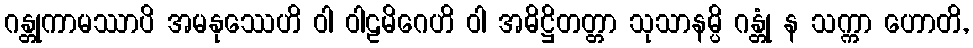
ဂန္တုကာမဿာပိ အမနုဿေဟိ ဝါ ဝါဠမိဂေဟိ ဝါ အဓိဋ္ဌိတတ္တာ သုသာနမ္ပိ ဂန္တုံ န သက္ကာ ဟောတိ,